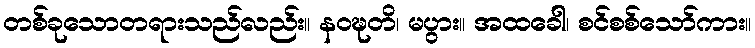
တစ်ခုသောတရားသည်လည်း။ နဝဍ္ဎတိ၊ မပွား။ အထခေါ၊ စင်စစ်သော်ကား။